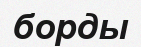
борды